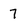
Character: 7